Lunatic asylums Burma 1922-24 - 1922-1924
Year: 1922
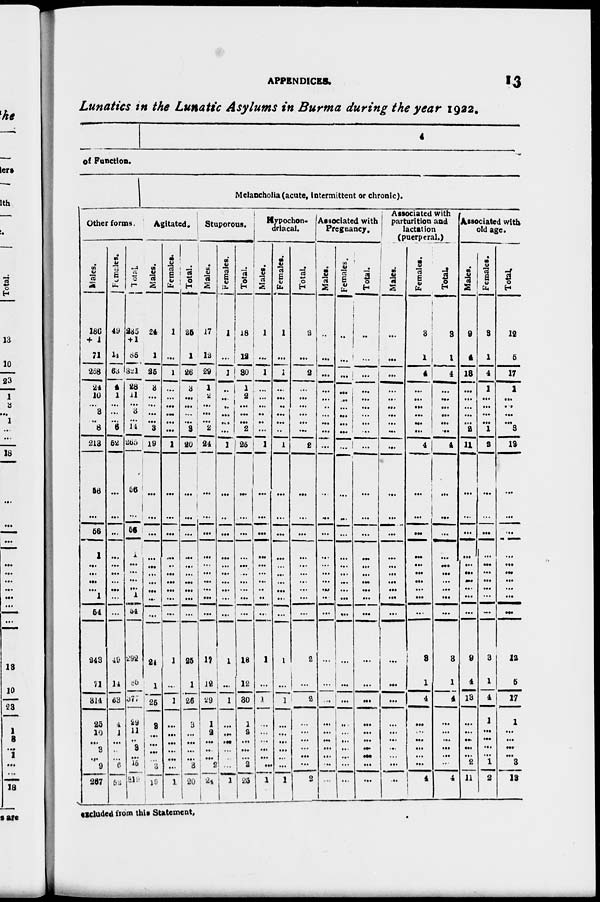
APPENDICES.
13
Lunatics in the Lunatic Asylums in Burma during the year 1922.
4
of Function.
Other forms.
Males.
186
+ 1
71
258
24
10
...
3
..
8
213
56
...
56
1
...
...
...
...
1
54
243
71
314
25
10
...
3
...
9
267
Females.
49
14
63
4
1
...
...
... 6
62
...
...
...
...
...
...
...
...
...
...
49
14
63
4
1
...
..
...
6
52
Total.
235
+ 1
85
321
28
11
...
3
... 14
265
56
...
56
1
...
...
...
...
1
54
292
85
377
29
11
..
3
...
15
319
Melancholia (acute, Intermittent or chronic).
Agitated.
Males.
24
1
25
3
...
...
...
...
3
19
...
...
...
...
...
...
...
...
...
...
24
1
25
3
...
...
...
...
3
19
Females.
1
...
1
...
...
...
...
...
...
1
...
...
...
...
..
...
...
...
...
...
1
...
1
...
...
...
...
...
...
1
Total.
25
1
26
3
...
...
...
...
3
20
...
...
...
...
...
...
...
...
...
...
25
1
26
3
...
...
...
...
3
20
Stuporous.
Males.
17
12
29
1
2
...
...
...
2
24
...
...
...
...
...
...
...
...
...
...
17
12
29
1
2
...
...
...
2
24
Females.
1
...
1
..
...
..
...
...
...
1
...
..
...
...
...
...
...
...
...
...
1
...
1
...
...
...
...
...
...
1
Total.
18
12
30
1
2
...
...
...
2
25
...
...
...
...
...
...
...
...
...
...
18
12
30
1
2
...
...
...
2
25
Hypochon-
driacal.
Males.
1
...
1
...
...
...
..
..
...
1
...
...
...
...
...
...
...
..
..
...
1
...
1
...
...
...
...
...
...
1
Females.
1
...
1
...
...
..
...
...
...
1
...
...
...
...
...
...
...
...
...
...
1
...
1
...
...
...
...
...
...
1
Total.
2
...
2
...
...
...
...
...
...
2
...
...
...
...
...
...
...
...
...
...
2
...
2
...
...
...
...
...
...
2
Associated with
Pregnancy.
Males.
..
...
...
...
...
..
...
...
...
...
...
...
...
...
...
...
...
...
...
...
...
...
...
...
...
...
...
...
...
...
Females.
..
...
...
...
...
...
...
...
...
...
...
...
...
...
...
...
...
...
...
...
...
...
...
...
...
...
...
...
...
...
Total.
..
...
...
...
...
...
...
... ...
...
...
...
...
...
...
...
...
...
...
...
...
...
...
...
...
...
...
...
...
...
Associated with
parturition and
lactation
(puerperal.)
Males.
...
...
...
...
...
...
...
... ...
...
...
...
...
...
...
...
...
...
...
...
...
...
...
...
...
...
...
...
...
...
Females.
3
1
4
...
...
...
...
...
...
4
...
...
...
...
...
...
...
...
...
...
3
1
4
...
...
...
...
...
...
4
Total.
3
1
4
...
...
...
...
...
...
4
...
...
...
...
...
...
...
...
...
...
3
1
4
...
...
...
...
...
...
4
Associated with
old age.
Males.
9
4
13
...
...
...
...
...
2
11
...
...
...
...
...
...
...
...
...
...
9
4
13
...
...
...
...
...
2
11
Females.
3
1
4
1
...
...
...
...
1
2
...
...
...
...
...
...
...
...
...
...
3
1
4
1
...
...
...
... 1
2
Total.
12
5
17
1
...
...
...
...
3
13
...
...
...
...
...
...
...
...
...
...
12
5
17
1
...
...
...
... 3
13
excluded from this Statement,